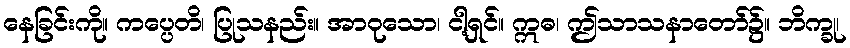
နေခြင်းကို။ ကပ္ပေတိ၊ ပြုသနည်း။ အာဝုသော၊ ငါ့ရှင်။ ဣဓ၊ ဤသာသနာတော်၌။ ဘိက္ခု၊